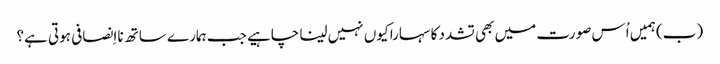
‏ (‏ب)‏ ہمیں اُس صورت میں بھی تشدد کا سہارا کیوں نہیں لینا چاہیے جب ہمارے ساتھ نااِنصافی ہوتی ہے؟